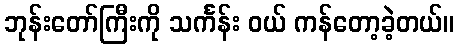
ဘုန်းတော်ကြီးကို သင်္ကန်း ဝယ် ကန်တော့ခဲ့တယ်။